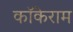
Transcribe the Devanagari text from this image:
कॉकेराम